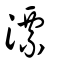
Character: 漂